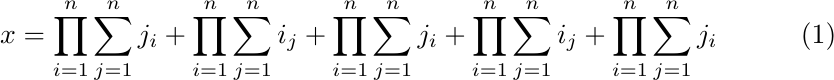
\begin{equation}
    x = \prod_{i=1}^n \sum_{j=1}^n j_i + \prod_{i=1}^n \sum_{j=1}^n i_j + \prod_{i=1}^n \sum_{j=1}^n j_i + \prod_{i=1}^n \sum_{j=1}^n i_j + \prod_{i=1}^n \sum_{j=1}^n j_i
\end{equation}